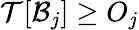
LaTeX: \mathcal{T}[\mathcal{B}_{j}]\geq O_{j}